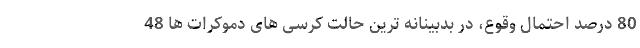
80 درصد احتمال وقوع، در بدبینانه ترین حالت کرسی های دموکرات ها 48